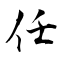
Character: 任